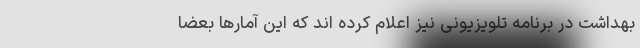
بهداشت در برنامه تلویزیونی نیز اعلام کرده اند که این آمارها بعضاً